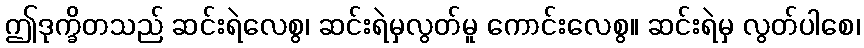
ဤဒုက္ခိတသည် ဆင်းရဲလေစွ၊ ဆင်းရဲမှလွတ်မူ ကောင်းလေစွ။ ဆင်းရဲမှ လွတ်ပါစေ၊